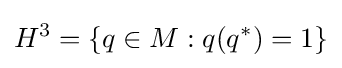
H^{3}=\{q\in M:q(q^{*})=1\}